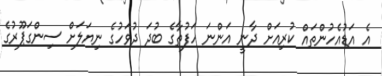
އެ އަޑުއެހުންތައް ކުރިއަށް ދާނީ އަންނަ ހަފުތާގެ ބުދަ ދުވަހުގެ ނިޔަލަށް ސިންގަޕޫރުގެ